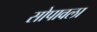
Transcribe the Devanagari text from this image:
सोपावला